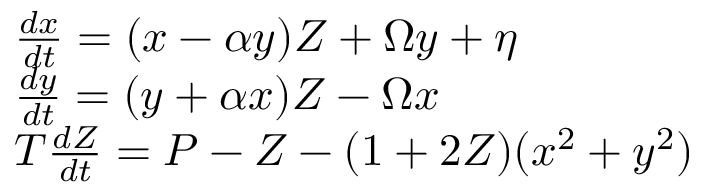
\begin{array} { l } { \frac { d x } { d t } = ( x - \alpha y ) Z + \Omega y + \eta } \\ { \frac { d y } { d t } = ( y + \alpha x ) Z - \Omega x } \\ { T \frac { d Z } { d t } = P - Z - ( 1 + 2 Z ) ( x ^ { 2 } + y ^ { 2 } ) } \end{array}